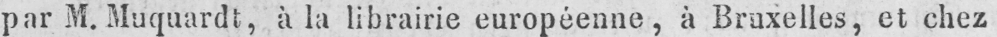
par M. Muquardt, a la librairie européenne, à Bruxelles, et chez